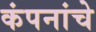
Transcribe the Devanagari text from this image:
कंपनांचे